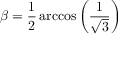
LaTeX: \beta = { \frac { 1 } { 2 } } \operatorname { a r c c o s } \left( { \frac { 1 } { \sqrt { 3 } } } \right)